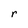
Character: r